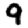
Digit: 9